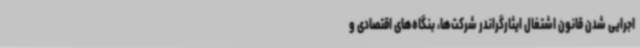
اجرایی شدن قانون اشتغال ایثارگراندر شرکت‌ها، بنگاه‌های اقتصادی و